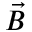
\vec { B }